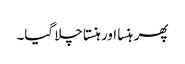
پھر ہنسا اور ہنستا چلا گیا۔